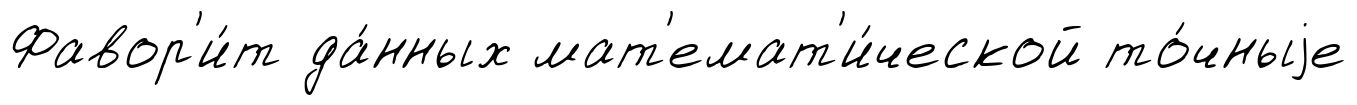
Фавор'и́т да́нных мат'емат'и́ческой то́чныjе